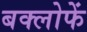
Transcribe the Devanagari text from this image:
बक्लोफें